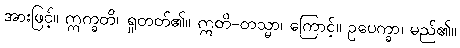
အားဖြင့်။ ဣက္ခတိ၊ ရှုတတ်၏။ ဣတိ-တသ္မာ၊ ကြောင့်။ ဥပေက္ခာ၊ မည်၏။